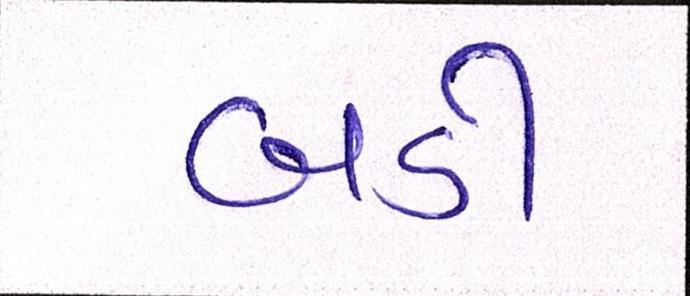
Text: બડી